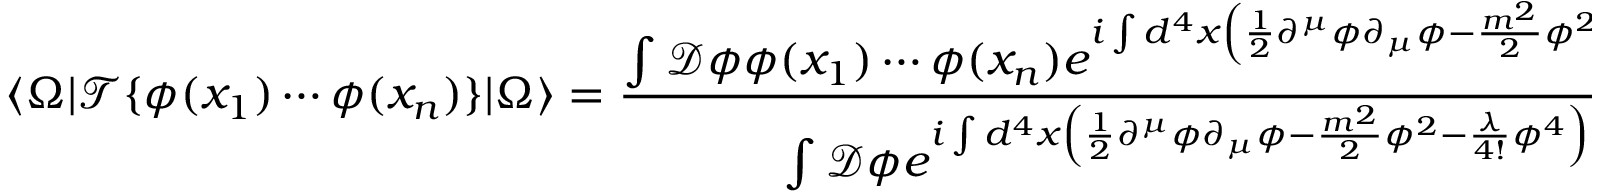
\langle \Omega | { \mathcal { T } } \{ { \phi } ( x _ { 1 } ) \cdots { \phi } ( x _ { n } ) \} | \Omega \rangle = { \frac { \int { \mathcal { D } } \phi \phi ( x _ { 1 } ) \cdots \phi ( x _ { n } ) e ^ { i \int d ^ { 4 } x \left( { \frac { 1 } { 2 } } \partial ^ { \mu } \phi \partial _ { \mu } \phi - { \frac { m ^ { 2 } } { 2 } } \phi ^ { 2 } - { \frac { \lambda } { 4 ! } } \phi ^ { 4 } \right) } } { \int { \mathcal { D } } \phi e ^ { i \int d ^ { 4 } x \left( { \frac { 1 } { 2 } } \partial ^ { \mu } \phi \partial _ { \mu } \phi - { \frac { m ^ { 2 } } { 2 } } \phi ^ { 2 } - { \frac { \lambda } { 4 ! } } \phi ^ { 4 } \right) } } } .